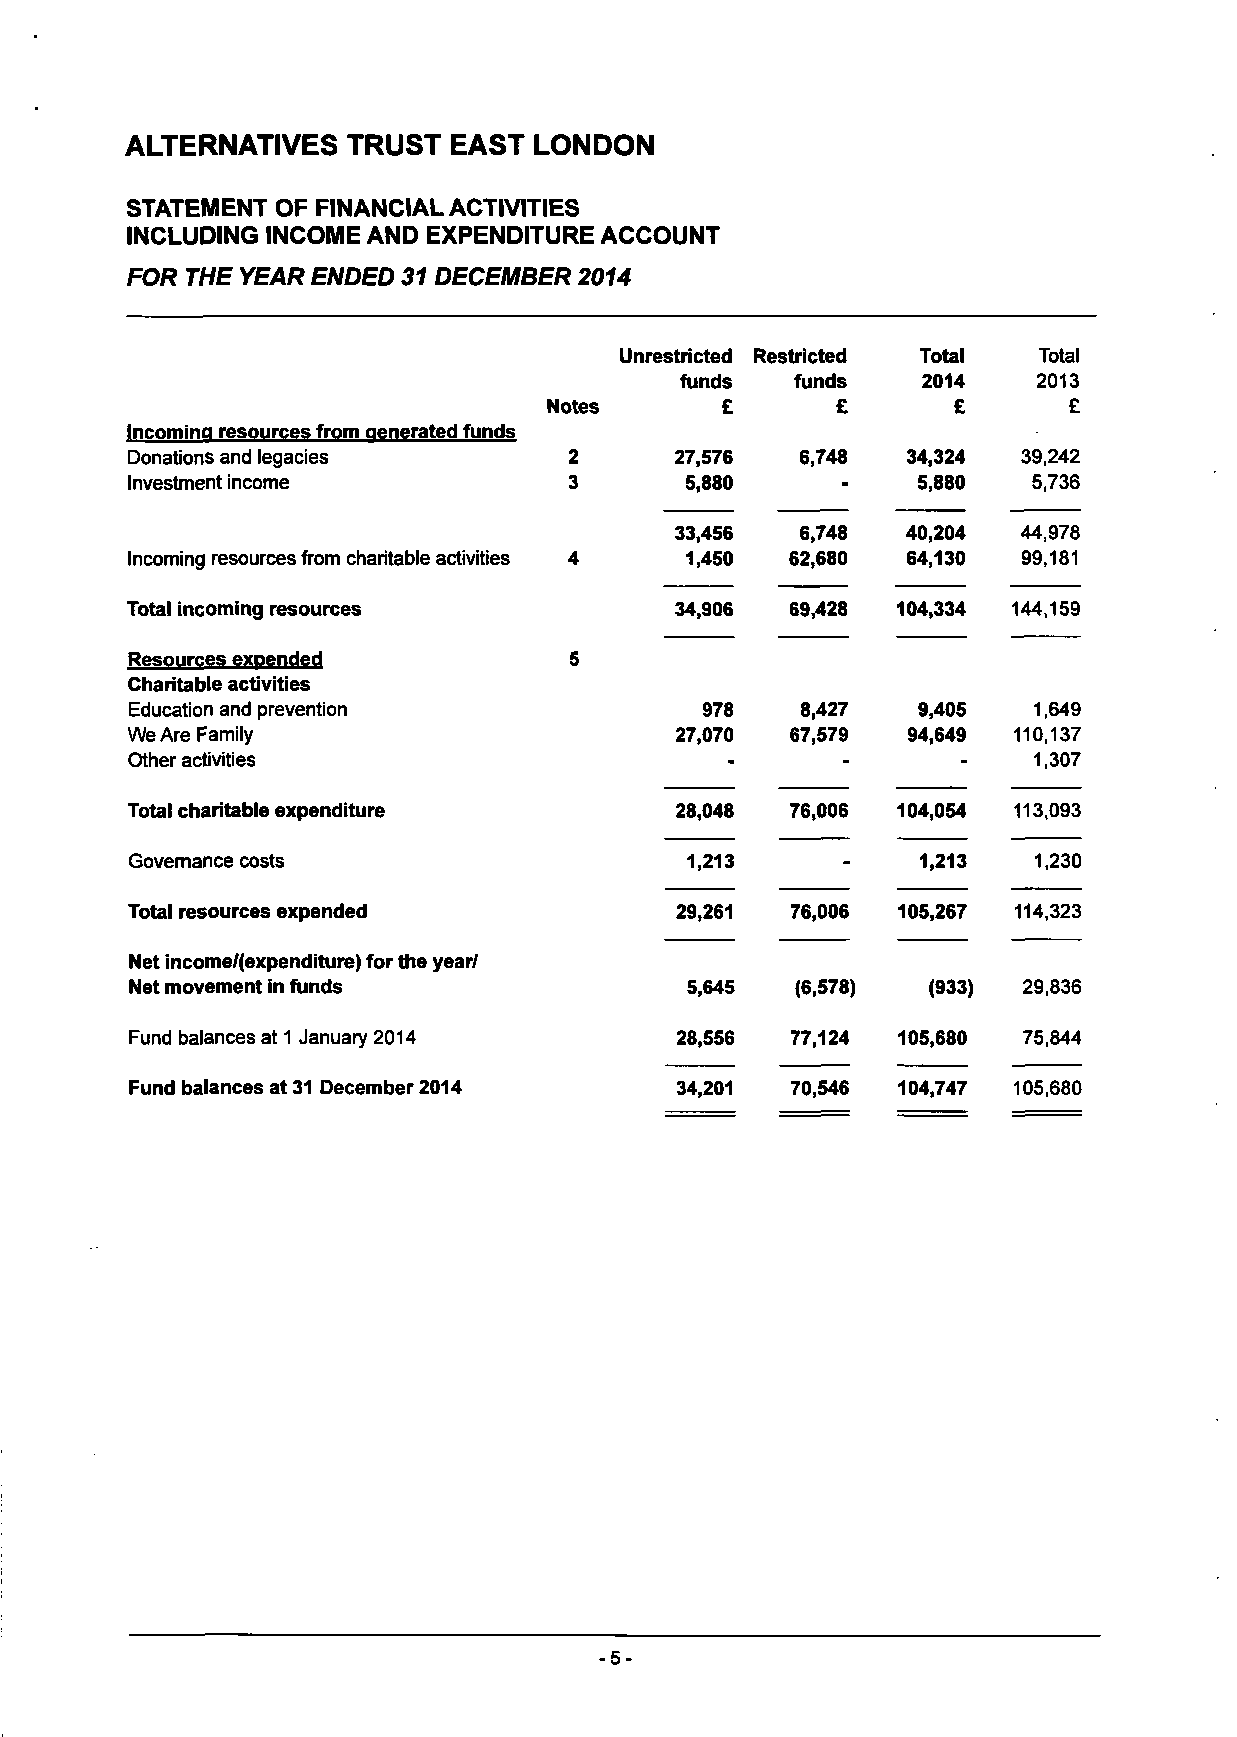
ALTERNATIVES   TRUST  EAST LONDON
 STATEMENT OF FINANCIAL ACTIVITIES
 INCLUDING INCOME AND EXPENDITURE ACCOUNT
 FOR THE YEAR ENDED 31 DECEMBER 2014
 Unrestricted Restricted Total Total
 funds   funds   2014    2013
 Notes       £      £       £       £
 Incomina resources from aenerated funds
 Donations and legacies        2      27,576  6,748  34,324  39,242
 Investment income             3      5,880           5,880  5,736
 33,456  6,748  40,204  44,978
 Incoming resources from charitable activities 4 1,450 62,680 64,130 99,181
 Total incoming resources             34,906 69,428 104,334 144,159
 Resources expended            5
 Charitable activities
 Education and prevention             978    8,427   9,405  1,649
 We Are Family                        27,070 67,579  94,649 110,137
 Other activities                                            1,307
 Total charitable expenditure         28,048 76,006 104,054 113,093
 Governance costs                    1,213      -    1,213  1,230
 Total resources expended             29,261 76,006 105,267 114,323
 Net income/(expenditure) for the year/
 Net movement in funds               5,645   (6,578) (933)  29,836
 Fund balances at 1 January 2014     28,556 77,124 105,680  75,844
 Fund balances at 31 December 2014   34,201 70,546 104,747 105,680
 -5-